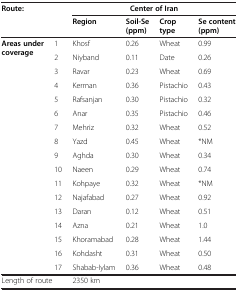
| <COLSPAN=2> Route: | <COLSPAN=4> Center of Iran |
 |  |  | Region | Soil-Se (ppm) | Crop type | Se content (ppm) |
 | --- | --- | --- | --- | --- | --- |
 | Areas under coverage | 1 | Khosf | 0.26 | Wheat | 0.99 |
 |  | 2 | Niyband | 0.11 | Date | 0.26 |
 |  | 3 | Ravar | 0.23 | Wheat | 0.69 |
 |  | 4 | Kerman | 0.36 | Pistachio | 0.43 |
 |  | 5 | Rafsanjan | 0.30 | Pistachio | 0.32 |
 |  | 6 | Anar | 0.35 | Pistachio | 0.46 |
 |  | 7 | Mehriz | 0.32 | Wheat | 0.52 |
 |  | 8 | Yazd | 0.45 | Wheat | *NM |
 |  | 9 | Aghda | 0.30 | Wheat | 0.34 |
 |  | 10 | Naeen | 0.29 | Wheat | 0.74 |
 |  | 11 | Kohpaye | 0.32 | Wheat | *NM |
 |  | 12 | Najafabad | 0.27 | Wheat | 0.92 |
 |  | 13 | Daran | 0.12 | Wheat | 0.51 |
 |  | 14 | Azna | 0.21 | Wheat | 1.0 |
 |  | 15 | Khoramabad | 0.28 | Wheat | 1.44 |
 |  | 16 | Kohdasht | 0.31 | Wheat | 0.50 |
 |  | 17 | Shabab-Iylam | 0.36 | Wheat | 0.48 |
 | <COLSPAN=2> Length of route | <COLSPAN=4> 2350 km |